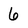
Character: 6